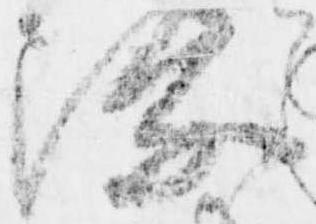
深